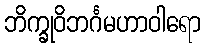
ဘိက္ခုဝိဘင်္ဂမဟာဝါရော